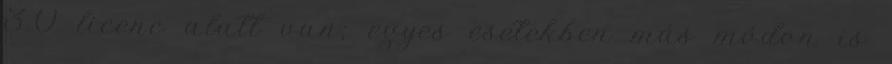
3.0 licenc alatt van; egyes esetekben más módon is